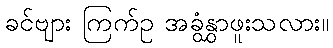
ခင်ဗျား ကြက်ဥ အခွံနွှာဖူးသလား။